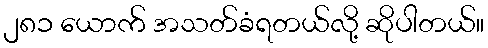
၂၈၁ ယောက် အသတ်ခံရတယ်လို့ ဆိုပါတယ်။